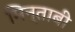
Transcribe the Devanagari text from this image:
मिन्ताबी